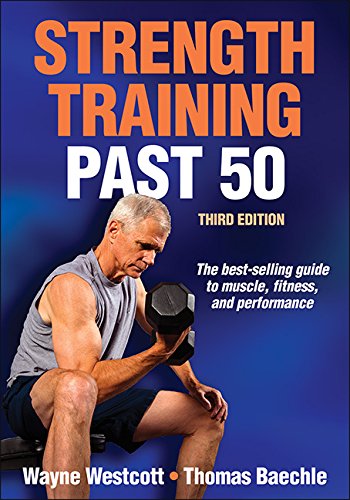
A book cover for Strength Training Past 50-3rd Edition; Wayne Westcott; Health, Fitness & Dieting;